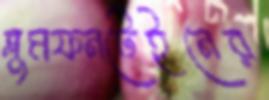
ব্লুমফনটেইনের